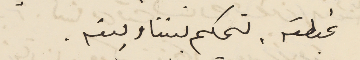
غبطته. تحكم بيننا وبينه.